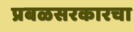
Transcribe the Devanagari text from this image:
प्रबळसरकारचा